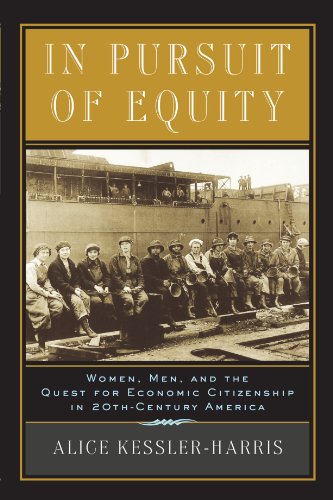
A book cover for In Pursuit of Equity: Women, Men, and the Quest for Economic Citizenship in 20th-Century America; Alice Kessler-Harris; Law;